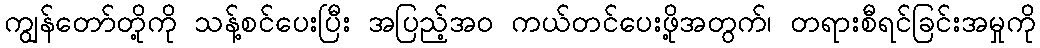
ကျွန်တော်တို့ကို သန့်စင်ပေးပြီး အပြည့်အဝ ကယ်တင်ပေးဖို့အတွက်၊ တရားစီရင်ခြင်းအမှုကို